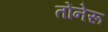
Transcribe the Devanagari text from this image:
तोंनेरू